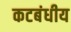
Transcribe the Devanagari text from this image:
कटबंधीय